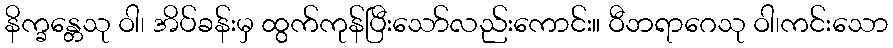
နိက္ခန္တေသု ဝါ၊ အိပ်ခန်းမှ ထွက်ကုန်ပြီးသော်လည်းကောင်း။ ဝီဘရာဂေသု ဝါ၊ကင်းသော